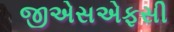
જીએસએફસી